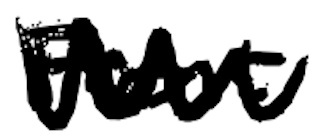
Text: Front
Cross-out: zig-zag
Writing tool: digital_black